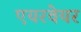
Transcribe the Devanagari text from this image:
एयरवेयर